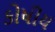
કોષીય